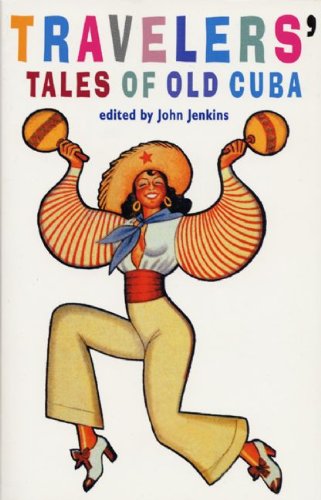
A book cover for Travelers' Tales of Old Cuba: From Treasure Island to Mafia Den; Travel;